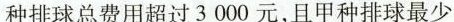
种排球总费用超过3000元，且甲种排球最少